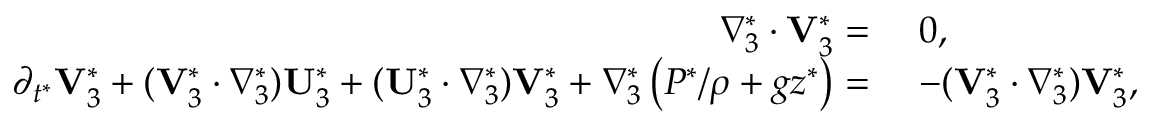
\begin{array} { r l } { \nabla _ { 3 } ^ { * } \cdot \mathbf { V } _ { 3 } ^ { * } = ~ } & { 0 , } \\ { \partial _ { t ^ { * } } \mathbf { V } _ { 3 } ^ { * } + ( \mathbf { V } _ { 3 } ^ { * } \cdot \nabla _ { 3 } ^ { * } ) \mathbf { U } _ { 3 } ^ { * } + ( \mathbf { U } _ { 3 } ^ { * } \cdot \nabla _ { 3 } ^ { * } ) \mathbf { V } _ { 3 } ^ { * } + \nabla _ { 3 } ^ { * } \left( P ^ { * } / \rho + g z ^ { * } \right) = ~ } & { - ( \mathbf { V } _ { 3 } ^ { * } \cdot \nabla _ { 3 } ^ { * } ) \mathbf { V } _ { 3 } ^ { * } , } \end{array}